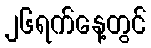
၂၆ရက်နေ့တွင်